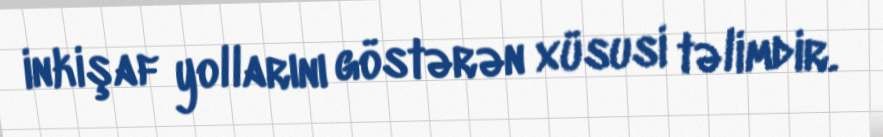
inkişaf yollarını göstərən xüsusi təlimdir.